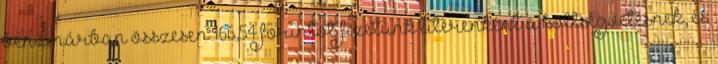
benzinárban összesen 166,54 forintot fizetünk literenként a költségvetésnek, és